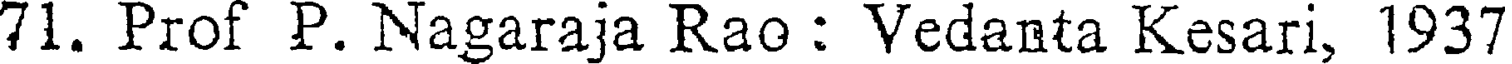
71. Prof P. Nagaraja Rao : Vedanta Kesari, 1937